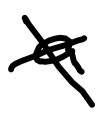
Text: a
Cross-out: cross
Writing tool: digital_black